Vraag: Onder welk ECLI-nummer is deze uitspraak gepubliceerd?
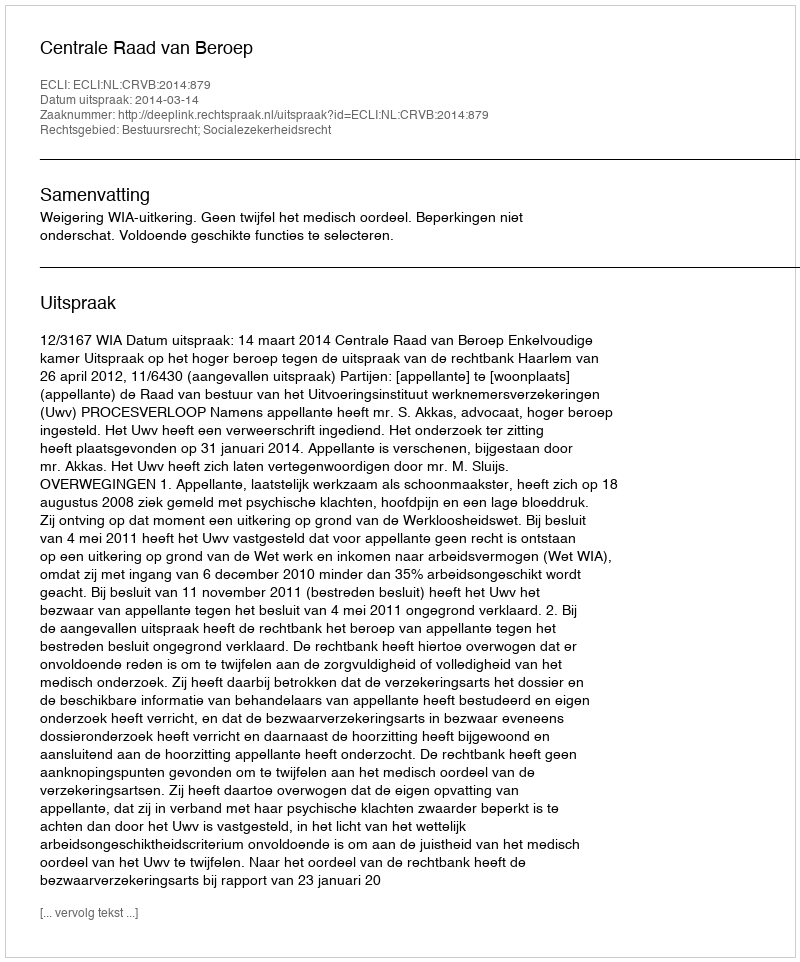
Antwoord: ECLI:NL:CRVB:2014:879